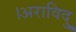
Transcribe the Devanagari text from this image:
।अराविदु